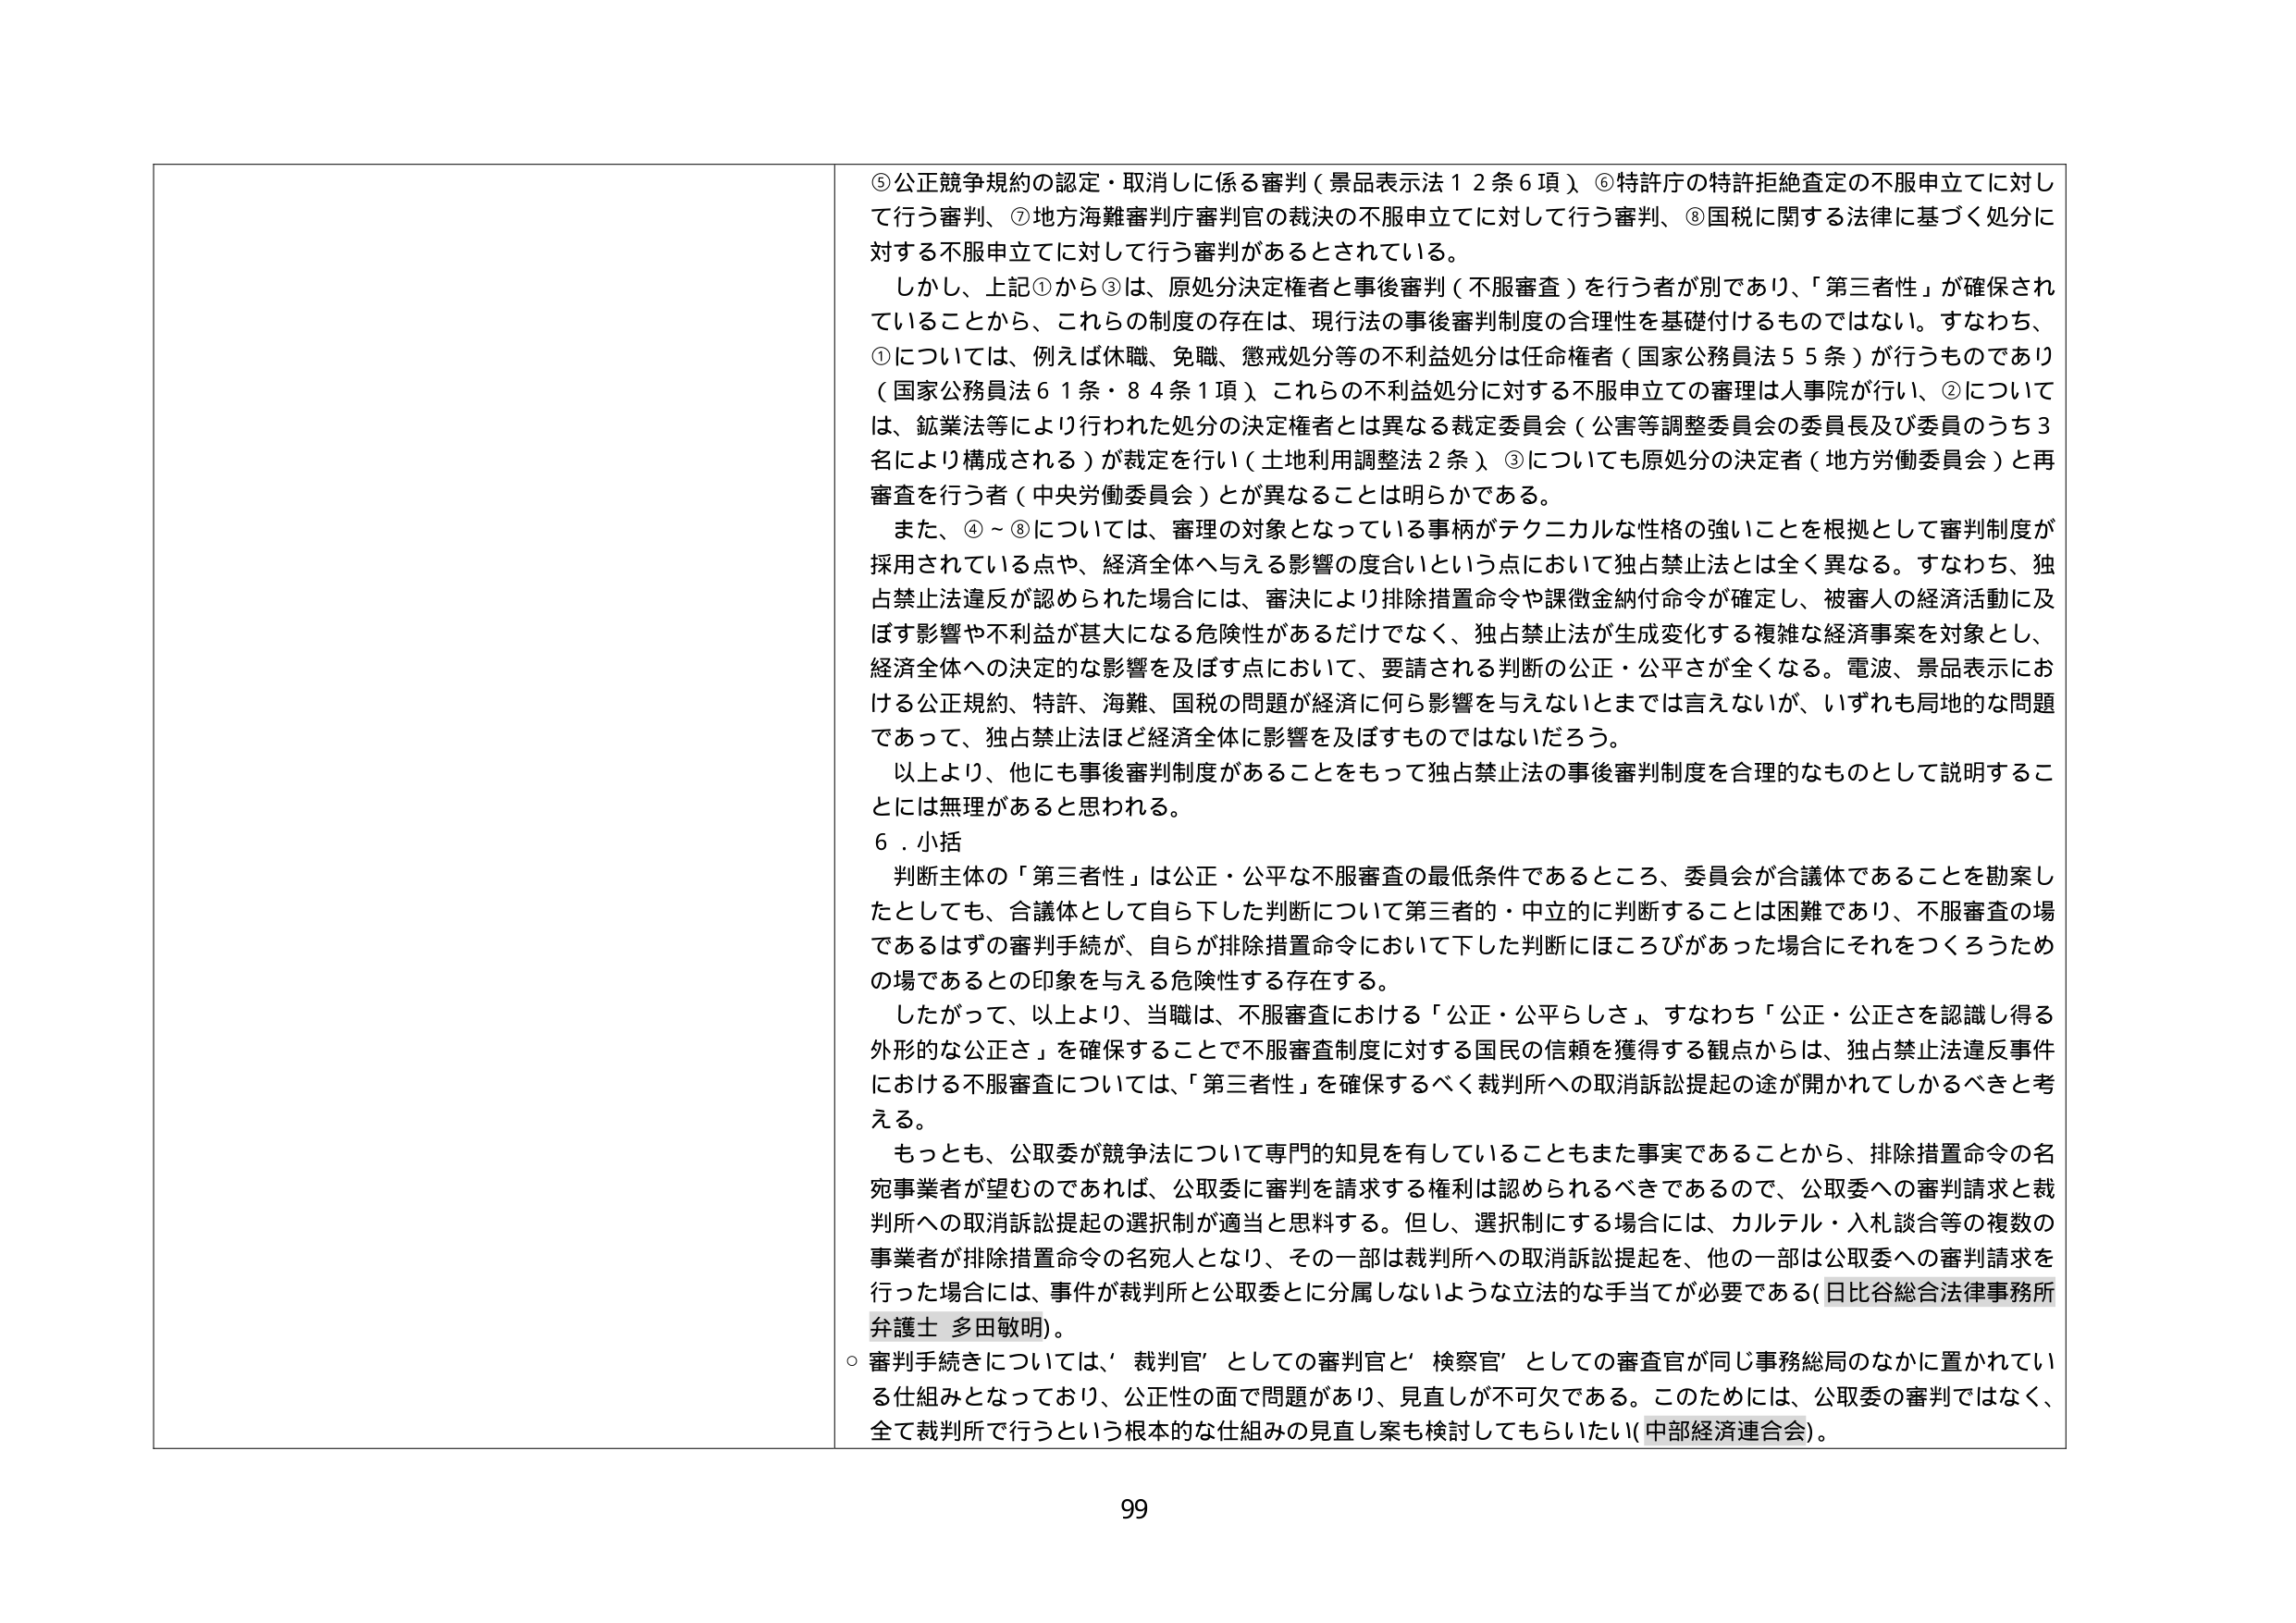
⑤公正競争規約の認定・取消しに係る審判（景品表示法１２条６項）、⑥特許庁の特許拒絶査定の不服申立てに対して行う審判、⑦地方海難審判庁審判官の裁決の不服申立てに対して行う審判、⑧国税に関する法律に基づく処分に対する不服申立てに対して行う審判があるとされている。

しかし、上記①から③は、原処分決定権者と事後審判（不服審査）を行う者が別であり、「第三者性」が確保されていることから、これらの制度の存在は、現行法の事後審判制度の合理性を基礎付けるものではない。すなわち、①については、例えば休職、免職、懲戒処分等の不利益処分は任命権者（国家公務員法５５条）が行うものであり（国家公務員法６１条・８４条１項）、これらの不利益処分に対する不服申立ての審理は人事院が行い、②については、鉱業法等により行われた処分の決定権者とは異なる裁定委員会（公害等調整委員会の委員長及び委員のうち３名により構成される）が裁定を行い（土地利用調整法２条）、③についても原処分の決定者（地方労働委員会）と再審査を行う者（中央労働委員会）とが異なることは明らかである。

また、④～⑧については、審理の対象となっている事柄がテクニカルな性格の強いことを根拠として審判制度が採用されている点や、経済全体へ与える影響の度合いという点において独占禁止法とは全く異なる。すなわち、独占禁止法違反が認められた場合には、審決により排除措置命令や課徴金納付命令が確定し、被審人の経済活動に及ぼす影響や不利益が甚大になる危険性があるだけでなく、独占禁止法が生成変化する複雑な経済事案を対象とし、経済全体への決定的な影響を及ぼす点において、要請される判断の公正・公平さが全くなる。電波、景品表示における公正規約、特許、海難、国税の問題が経済に何ら影響を与えないとは言えないが、いずれも局地的な問題であって、独占禁止法ほど経済全体に影響を及ぼすものではないだろう。

以上より、他にも事後審判制度があることをもって独占禁止法の事後審判制度を合理的なものとして説明することには無理があると思われる。

６．小括

判断主体の「第三者性」は公正・公平な不服審査の最低条件であるところ、委員会が合議体であることを勘案したとしても、合議体として自ら下した判断について第三者的・中立的に判断することは困難であり、不服審査の場であるはずの審判手続が、自らが排除措置命令において下した判断にほころびがあった場合にそれをつくろうための場であるとの印象を与える危険性する存在する。

したがって、以上より、当職は、不服審査における「公正・公平らしさ」、すなわち「公正・公正さを認識し得る外形的な公正さ」を確保することで不服審査制度に対する国民の信頼を獲得する観点からは、独占禁止法違反事件における不服審査については、「第三者性」を確保するべく裁判所への取消訴訟提起の途が開かれてしかるべきと考える。

もっとも、公取委が競争法について専門的知見を有していることもまた事実であることから、排除措置命令の名宛事業者が望むのであれば、公取委に審判を請求する権利は認められるべきであるので、公取委への審判請求と裁判所への取消訴訟提起の選択制が適当と思料する。但し、選択制にする場合には、カルテル・入札談合等の複数の事業者が排除措置命令の名宛人となり、その一部は裁判所への取消訴訟提起を、他の一部は公取委への審判請求を行った場合には、事件が裁判所と公取委とに分属しないような立法的な手当てが必要である（日比谷総合法律事務所 弁護士 多田敏明）。

○ 審判手続きについては、「裁判官」としての審判官と「検察官」としての審査官が同じ事務総局のなかに置かれている仕組みとなっており、公正性の面で問題があり、見直しが不可欠である。このためには、公取委の審判ではなく、全て裁判所で行うという根本的な仕組みの見直し案も検討してもらいたい（中部経済連合会）。

99